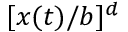
[ x ( t ) / b ] ^ { d }